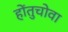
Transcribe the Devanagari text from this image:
होंतुचोवा